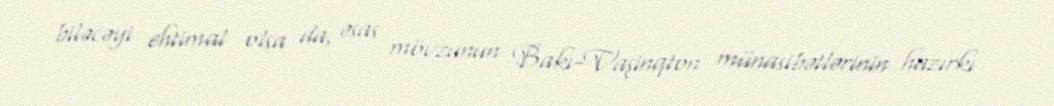
biləcəyi ehtimal olsa da, əsas mövzunun Bakı-Vaşinqton münasibətlərinin hazırkı